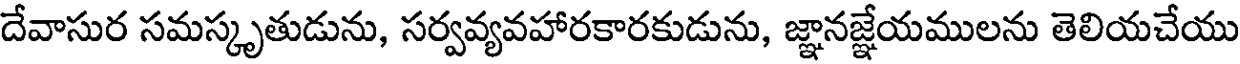
దేవాసుర సమస్కృతుడును, సర్వవ్యవహారకారకుడును, జ్ఞానజ్ఞేయములను తెలియచేయు